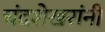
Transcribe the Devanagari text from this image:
चंदशेखरांनी